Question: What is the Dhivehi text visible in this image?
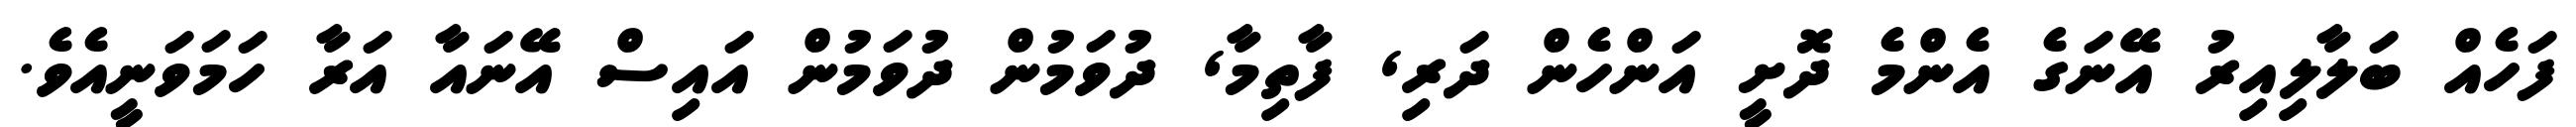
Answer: ފަހެއް ބަލާލިއިރު އޭނަގެ އެންމެ ދޮށީ އަންހެން ދަރި, ފާތިމާ, ދުވަމުން ދުވަމުން އައިސް އޭނައާ އަރާ ހަމަވަނީއެވެ.